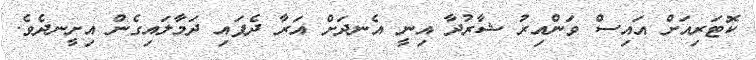
ކޮޓަރިއަށް އައިސް ވަންއިރު ޝާރުދާ އިނީ އެނދަށް އަރާ ދެފައި ދަމާލައިގެން އިށީނދެވެ.